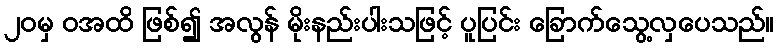
၂၀မှ ဝအထိ ဖြစ်၍ အလွန် မိုးနည်းပါးသဖြင့် ပူပြင်း ခြောက်သွေ့လှပေသည်။